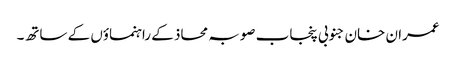
عمران خان جنوبی پنجاب صوبہ محاذ کے راہنماؤں کے ساتھ۔